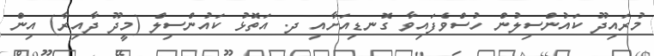
މުރައިދޫ ކައުންސިލުން ހުސްވެފައިވާ ގޮނޑިއަށާއި ދ. އަތޮޅު ކައުންސިލް (މީދޫ ދާއިރާ) އިން